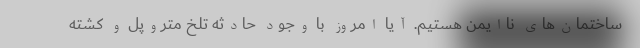
ساختمان‌های ناایمن هستیم. آیا امروز با وجود حادثه تلخ متروپل و کشته